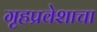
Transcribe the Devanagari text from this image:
गृहप्रवेशाचा